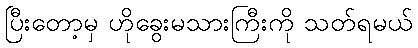
ပြီးတော့မှ ဟိုခွေးမသားကြီးကို သတ်ရမယ်